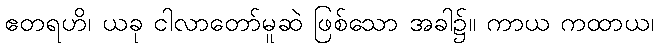
ဧတရဟိ၊ ယခု ငါလာတော်မူဆဲ ဖြစ်သော အခါ၌။ ကာယ ကထာယ၊